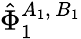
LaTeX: \hat{\Phi}_{1}^{A_{1},\, B_{1}}